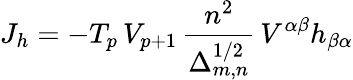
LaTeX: J_{h}=-T_{p}\, V_{p+1}\, \frac{n^{2}}{\Delta_{m,n}^{1/2}}\, V^{\alpha\beta}h_{\beta\alpha}